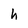
Character: h